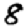
Digit: 8